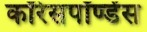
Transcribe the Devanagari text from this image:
कॉरेसपॉण्डेंस